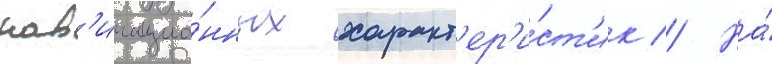
нав'игацио́нных характ'ер'и́ст'ик // На́